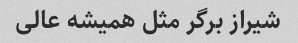
شیراز برگر مثل همیشه عالی